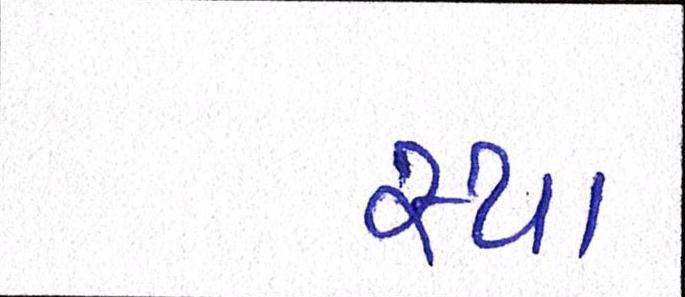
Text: સ્થા